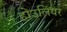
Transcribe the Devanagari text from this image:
होउलियर